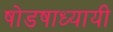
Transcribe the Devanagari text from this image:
षोडषाध्यायी